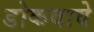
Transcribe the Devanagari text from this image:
डोकवावे